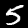
Label: 5